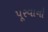
પૂરવાનો